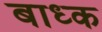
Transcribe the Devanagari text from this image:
बाध्‍क